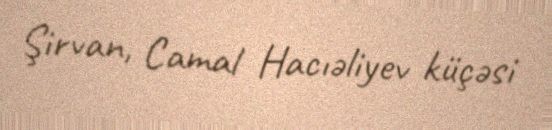
Şirvan, Camal Hacıəliyev küçəsi